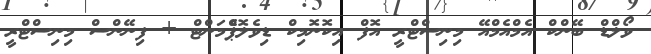
ވޯލްޑް ބޭންކް އެމްއެމްއޭ މިނިސްޓްރީ އޮފް އިކޮނޮމިކް ޑިވެލޮޕްެމަންޓް + ފިނޭންސް މިނިސްޓްރީ